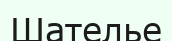
Шателье